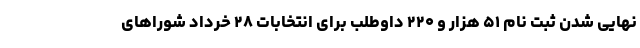
نهایی شدن ثبت نام ۵۱ هزار و ۲۲۰ داوطلب برای انتخابات ۲۸ خرداد شوراهای